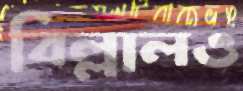
বিল্লালও